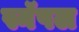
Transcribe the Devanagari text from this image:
स्नॅपल